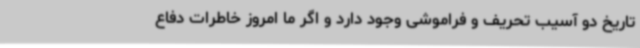
تاریخ دو آسیب تحریف و فراموشی وجود دارد و اگر ما امروز خاطرات دفاع